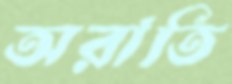
অরাতি